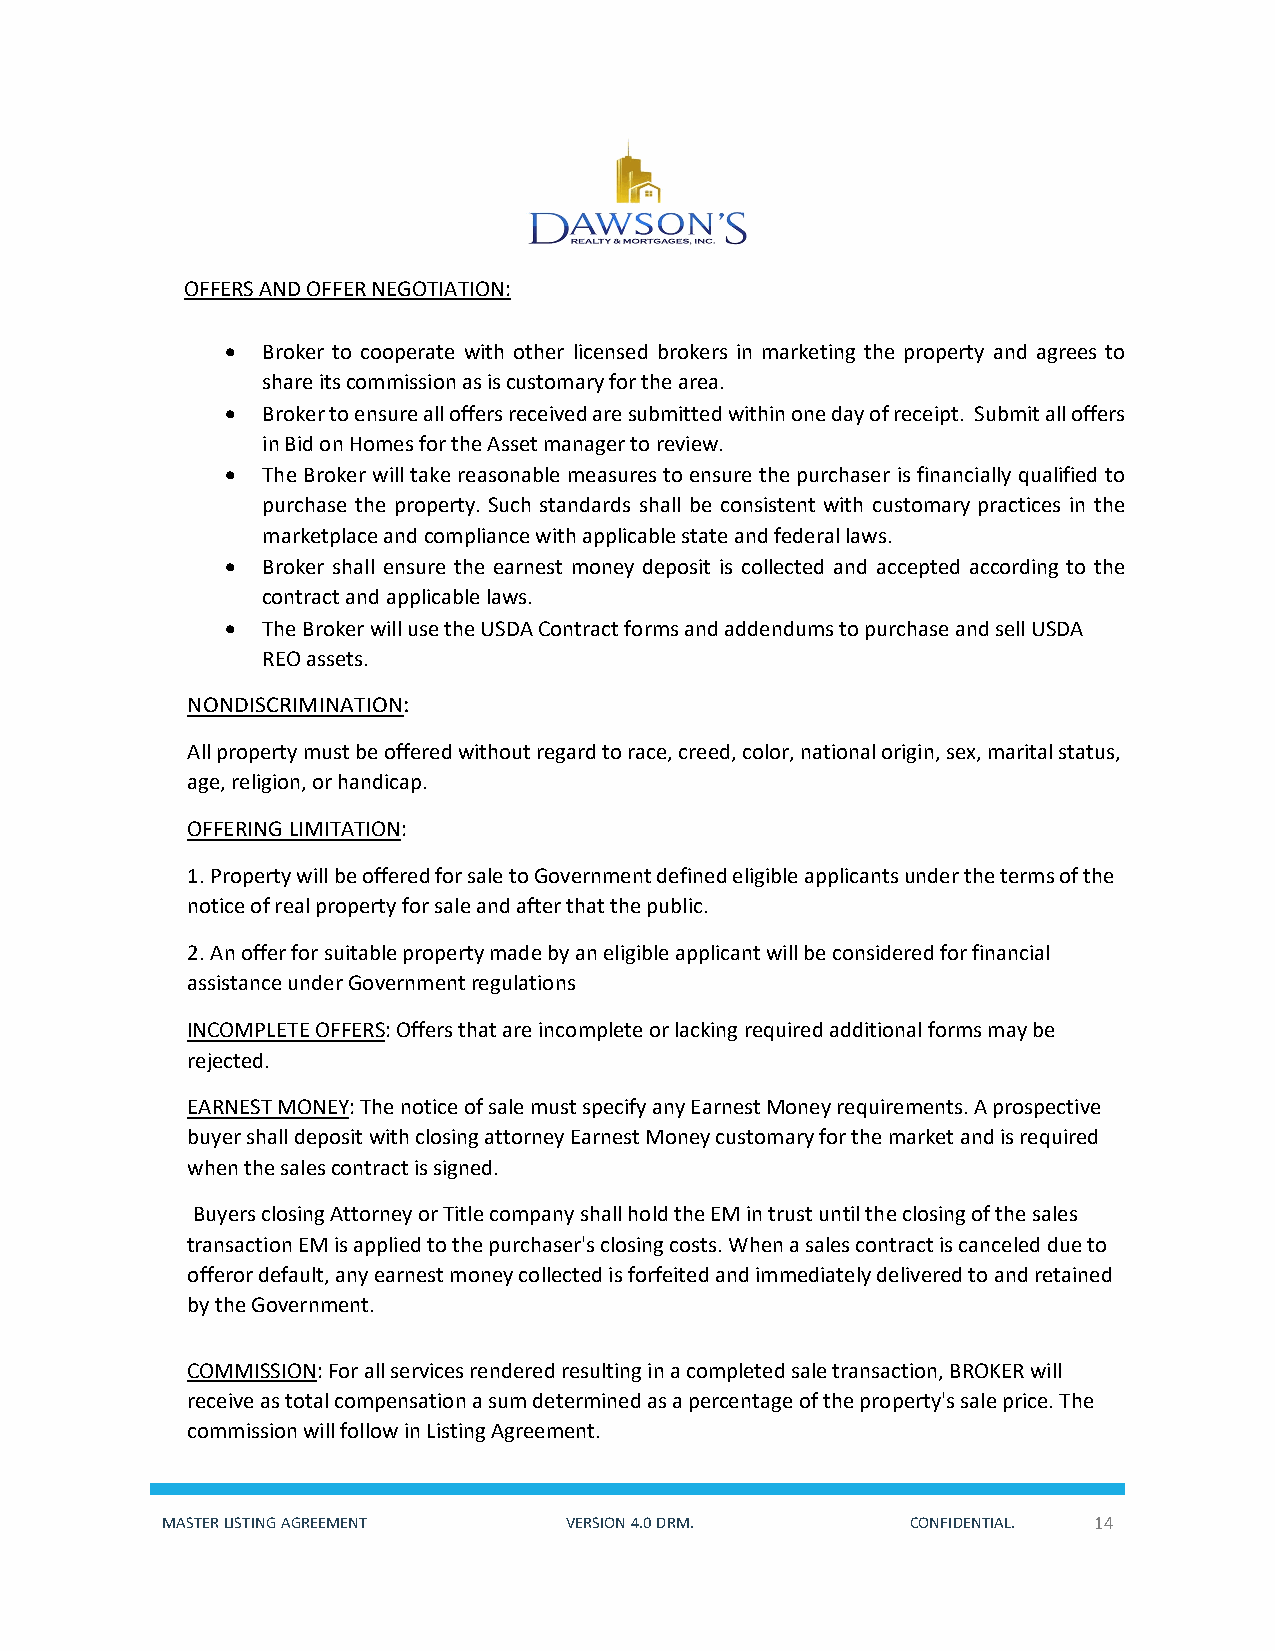
OFFERS AND OFFER NEGOTIATION:
 • Broker to cooperate with other licensed brokers in marketing the property and agrees to
 share its commission as is customary for the area.
 • Broker to ensure all offers received are submitted within one day of receipt. Submit all offers
 in Bid on Homes for the Asset manager to review.
 • The Broker will take reasonable measures to ensure the purchaser is financially qualified to
 purchase the property. Such standards shall be consistent with customary practices in the
 marketplace and compliance with applicable state and federal laws.
 • Broker shall ensure the earnest money deposit is collected and accepted according to the
 contract and applicable laws.
 • The Broker will use the USDA Contract forms and addendums to purchase and sell USDA
 REO assets.
 NONDISCRIMINATION:
 All property must be offered without regard to race, creed, color, national origin, sex, marital status,
 age, religion, or handicap.
 OFFERING LIMITATION:
 1. Property will be offered for sale to Government defined eligible applicants under the terms of the
 notice of real property for sale and after that the public.
 2. An offer for suitable property made by an eligible applicant will be considered for financial
 assistance under Government regulations
 INCOMPLETE OFFERS: Offers that are incomplete or lacking required additional forms may be
 rejected.
 EARNEST MONEY: The notice of sale must specify any Earnest Money requirements. A prospective
 buyer shall deposit with closing attorney Earnest Money customary for the market and is required
 when the sales contract is signed.
 Buyers closing Attorney or Title company shall hold the EM in trust until the closing of the sales
 transaction EM is applied to the purchaser's closing costs. When a sales contract is canceled due to
 offeror default, any earnest money collected is forfeited and immediately delivered to and retained
 by the Government.
 COMMISSION: For all services rendered resulting in a completed sale transaction, BROKER will
 receive as total compensation a sum determined as a percentage of the property's sale price. The
 commission will follow in Listing Agreement.
 MASTER LISTING AGREEMENT  VERSION 4.0 DRM.       CONFIDENTIAL. 14